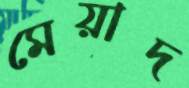
মেয়াদ